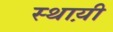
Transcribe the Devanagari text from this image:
स्थाय़ी